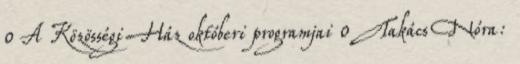
0 A Közösségi Ház októberi programjai 0 Takács Nóra: